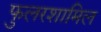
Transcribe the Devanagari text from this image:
फुलरशामिल